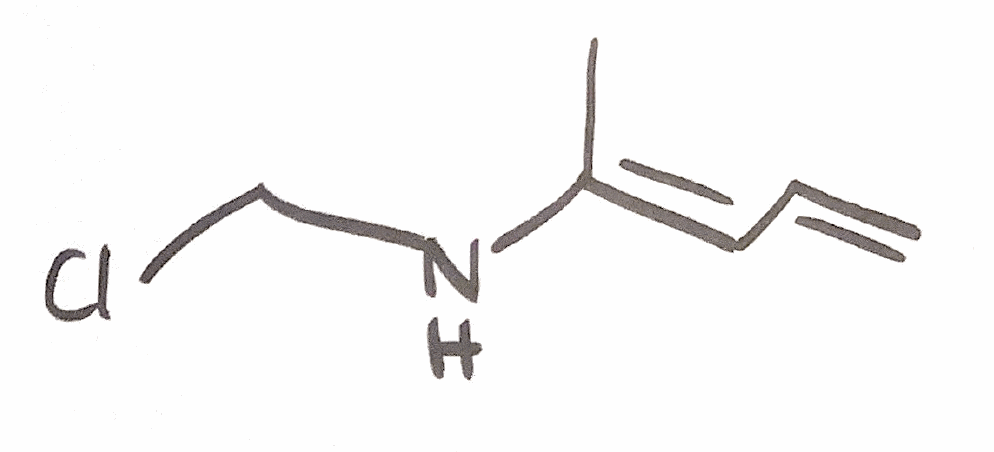
Simplified molecular-input line-entry system (SMILES) notation of the given molecule:
C/C(=C\C=C)/NCCl